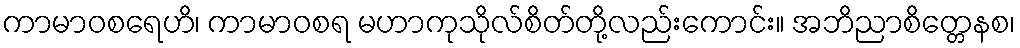
ကာမာဝစရေဟိ၊ ကာမာဝစရ မဟာကုသိုလ်စိတ်တို့လည်းကောင်း။ အဘိညာစိတ္တေနစ၊